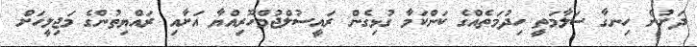
ދަށުން ހިނގާ ސަލާމަތީ ހިދުމަތެއްގެ ކަންކަމާ ގުޅިގެން ރައީސުލްޖުމްހޫރިއްޔާ އަށާއި ރައްޔިތުންގެ މަޖިލީހަށް